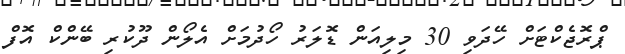
ޕްރޮޖެކްޓަށް ހޭދަވި 30 މިލިއަން ޑޮލަރު ހޯދުމަށް އެލޯން ދޫކުރި ބޭންކް އޮފް